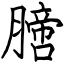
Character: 膪